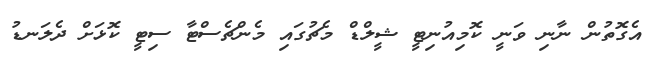
އެގޮތުން ނާނި ވަނީ ކޮމިއުނިޓީ ޝީލްޑް މެޗުގައި މެންޗެސްޓާ ސިޓީ ކޮޅަށް ދެލަނޑު